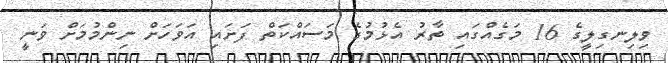
ވިލިނގިލީގެ 16 މަގެއްގައި ތާރު އެޅުމުގެ މަސައްކަތް ފަށައި އަވަހަށް ނިންމުމަށް ވަނީ